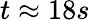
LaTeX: t\approx 18s